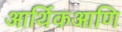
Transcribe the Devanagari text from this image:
आर्थिकआणि